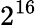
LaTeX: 2^{16}